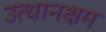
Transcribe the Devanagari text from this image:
उत्थानक्षम